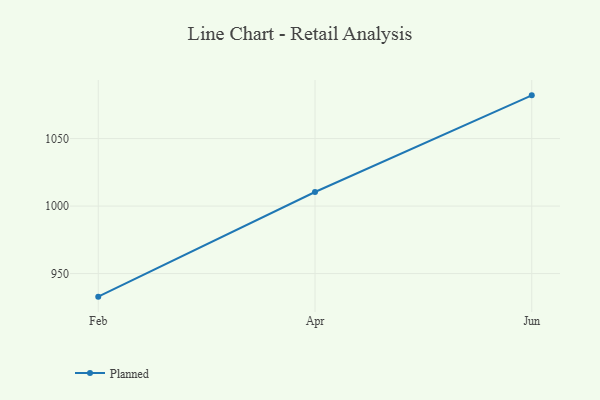
{"axis": {"x": "Month", "y": "Energy Usage (MWh)"}, "legend": ["Planned"], "data": [{"x": "Feb", "y": 932.9, "type": "Planned"}, {"x": "Apr", "y": 1010.4, "type": "Planned"}, {"x": "Jun", "y": 1082.0, "type": "Planned"}]}